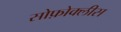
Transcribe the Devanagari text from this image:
सोफ़ोक्लीस